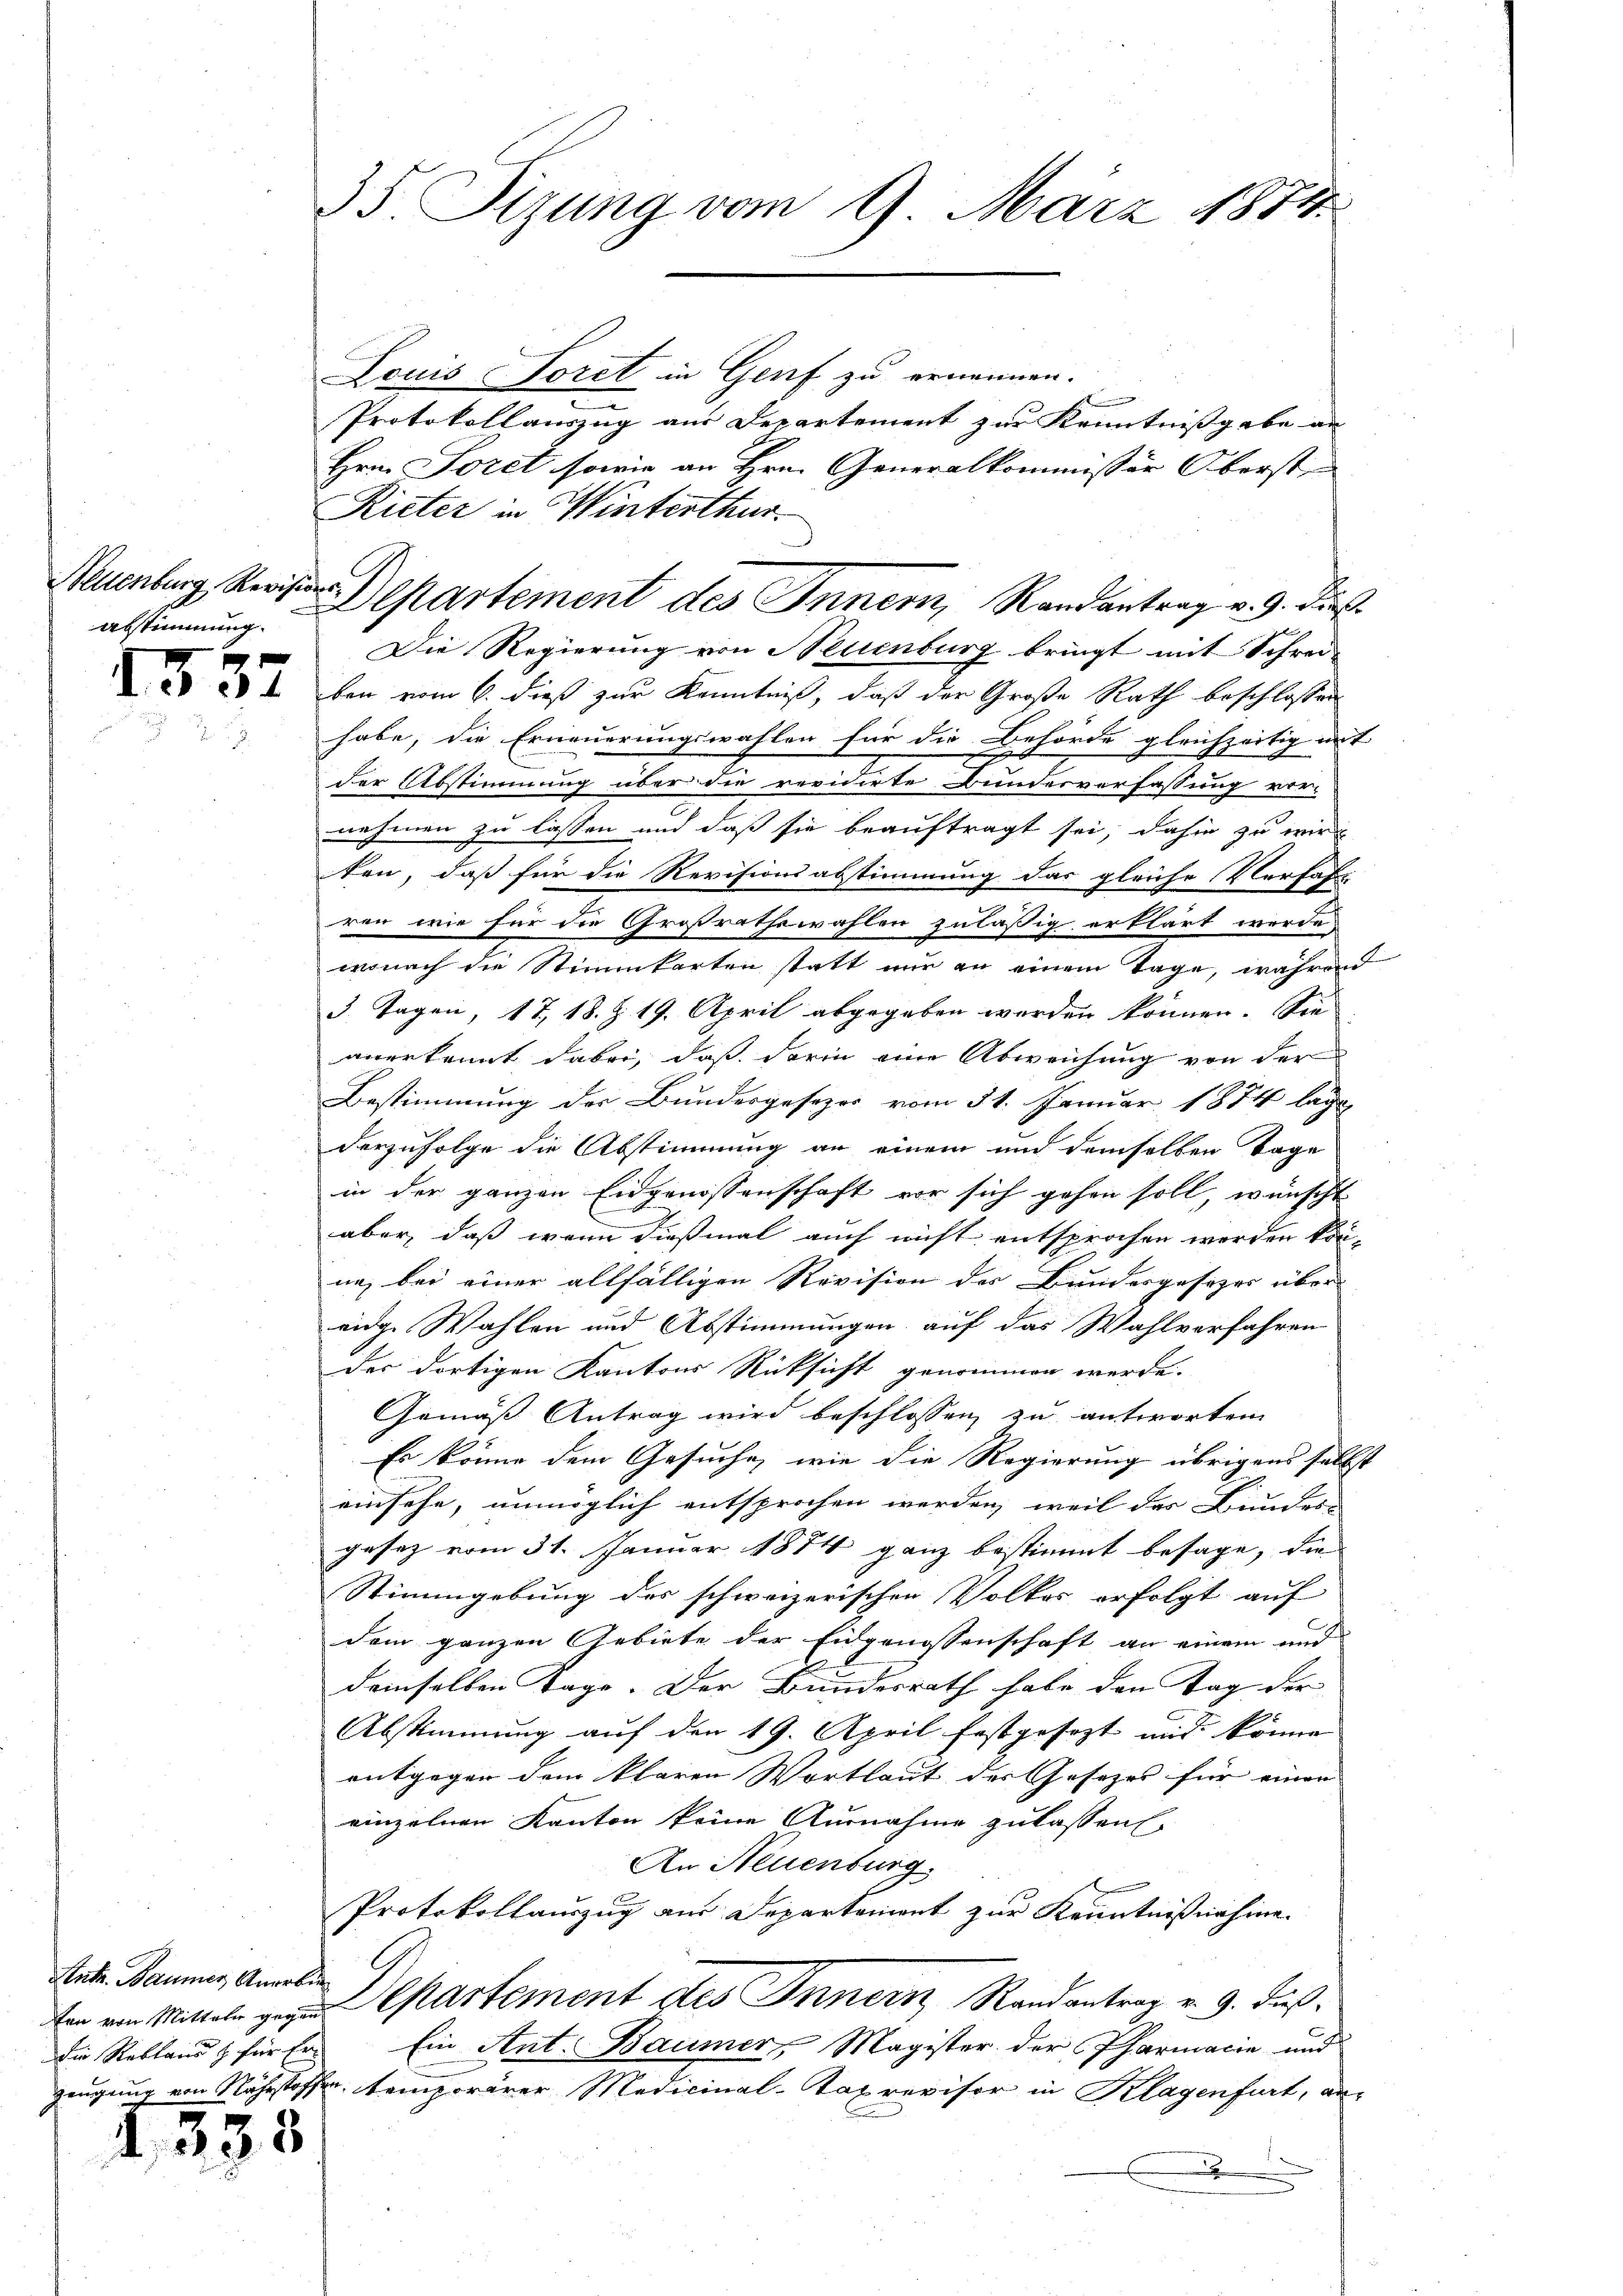
Abstimmung.

1537

Statt. Baumer, Anerbin

4,33

Neuenburg, Repartement des Innern, Randantrag v. 9. die

3

35. Sizung vom 9. März 1874.

Louis Toret in Genf zu ernennen.
nnge
Protokollauszug aus Departement zur Kenntnissgabe an
Hrn. Soret sowie an Hrn. Generalkommissär Oberste
Rieter in Winterthur.
Die Regierung von Neuenburg bringt mit Schrei
ben vom 6. dieß zur Kenntniß, daß der Große Rath beschlossen
habe, die Erneuerungswahlen für die Behörde gleichzeitig mit
der Abstimmung über die revidirte Bundesverfassung vor-
nehmen zu lassen und daß sie beauftragt sei, dahin zu wir
ken, daß für die Revisionsabstimmung das gleiche Verfass
ren, wie für die Großrathswahlen zuläßig erklärt werde.
wonach die Stimmkarten statt nur an einem Tage, während
3. Tagen, 17, 18. Z. 19. April abgegeben werden können. Sie
anerkannt dabei, daß darin eine Abweichung von der
Bestimmung des Bundesgesezes vom 31. Januar 1874 lage
derzufolge die Abstimmung an einem und demselben Tage
in der ganzen Eidgenossenschaft vor sich gehen soll, wünscht
aber, daß wenn dießmal auch nicht entsprochen werden kön-
nah bei einer allfälligen Revision des Bundesgesezes über
eidge Wahlen und Abstimmungen auf das Wahlverfahren
der dortigen Kantons Rücksicht genommen werde.
Gemäß Antrag wird beschlossen zu antworten
Es könne dem Gesuche, wie die Regierung übrigens selbst
einsehe, unmöglich entsprochen werden, weil des Bundes-
gesez vom 31. Januar 1874 ganz bestimmt besage, die
Stimmgebung des schweizerischen Volkes erfolgt auf
dem ganzen Gebiete der Eidgenossenschaft an einem und
demselben Tage. Der Bundesrath habe den Tag der
Abstimmung auf den 19. April festgesezt und könne
entgegen dem klaren Wortlaut der Gesetzes für einen
einzelnen Kanton keine Ausnahme zulassen
An Neuenburg.
Protokollauszug aus Departement zur Kenntnißnahme.
ton von Mitte partement des Innern Randantrag v. 9. Fuß.
die Rebland & für Er Ein Ant. Baumer, Magister der Pharmacia und
zeugung von Nährstoffen, temporärer Medicinal-Taxrevisor in Klagenfurt, an¬
.